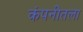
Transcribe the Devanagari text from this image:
कंपनीतला